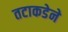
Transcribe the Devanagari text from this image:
तटाकडेने